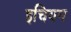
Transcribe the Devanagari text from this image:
इचियम